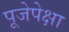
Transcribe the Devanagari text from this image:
पूजेपेक्षा